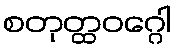
စတုတ္ထဝဂ္ဂေါ